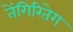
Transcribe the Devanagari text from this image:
तेंगिरितेग